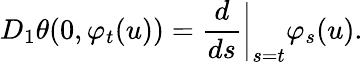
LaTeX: D_{1}\theta(0,\varphi_{t}(u))=\frac{d}{ds}\bigg\vert_{s=t}\varphi_{s}(u).